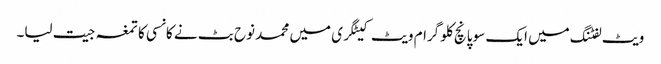
ویٹ لفٹنگ میں ایک سو پانچ کلو گرام ویٹ کیٹگری میں محمد نوح بٹ نے کانسی کا تمغہ جیت لیا۔